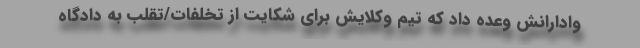
وادارانش وعده داد که تیم وکلایش برای شکایت از تخلفات/تقلب به دادگاه